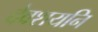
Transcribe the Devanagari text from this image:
देवशयनि